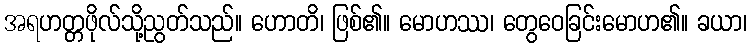
အရဟတ္တဖိုလ်သို့ညွတ်သည်။ ဟောတိ၊ ဖြစ်၏။ မောဟဿ၊ တွေဝေခြင်းမောဟ၏။ ခယာ၊